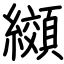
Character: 纐